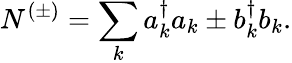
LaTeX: N^{(\pm)}=\sum_{k}a_{k}^{\dagger}a_{k}\pm b_{k}^{\dagger}b_{k}.